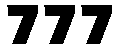
777